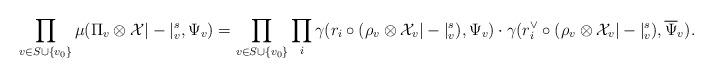
LaTeX: \begin{align*} \prod_{v \in S \cup \{v_0 \}} \mu(\Pi_v \otimes \mathcal{X} |-|_v^s , \Psi_v) = \prod_{v \in S \cup \{v_0 \}} \prod_i \gamma(r_i \circ (\rho_v \otimes \mathcal{X}_v |-|_v^s), \Psi_v) \cdot \gamma(r_i^{\vee}\circ (\rho_v \otimes \mathcal{X}_v |-|_v^s), \overline{\Psi}_v). \end{align*}